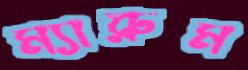
ম্যারুম